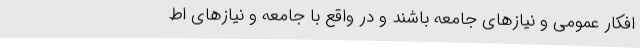
افکار عمومی و نیازهای جامعه باشند و در واقع با جامعه و نیازهای اط